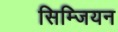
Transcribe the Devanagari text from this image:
सिम्जियन